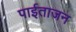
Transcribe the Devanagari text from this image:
पाईताजन